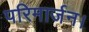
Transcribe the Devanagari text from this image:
परिमार्जन।